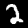
Digit: 2